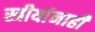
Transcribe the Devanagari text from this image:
स्त्रीयांनाही